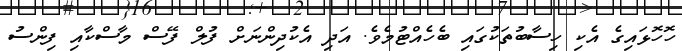
ހޮހޮޅައިގެ އެކި ހިސާބުތަކުގައި ބެހެއްޓުމެވެ. އަދި އެކުދިންނަށް ފުލް ފޭސް މާސްކާއި ފިންސު